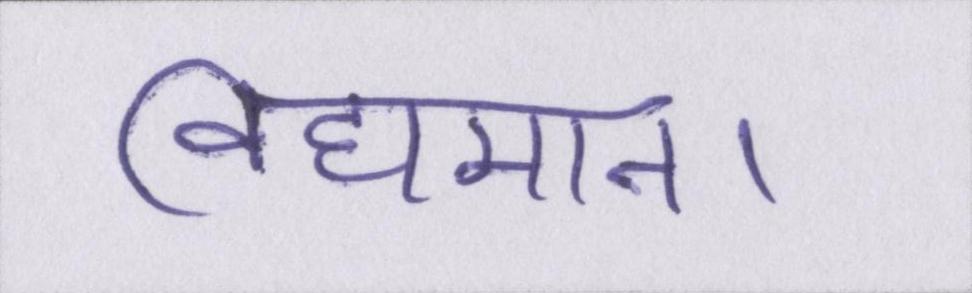
विद्यमान।